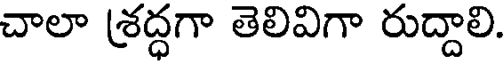
చాలా శ్రద్ధగా తెలివిగా రుద్దాలి.